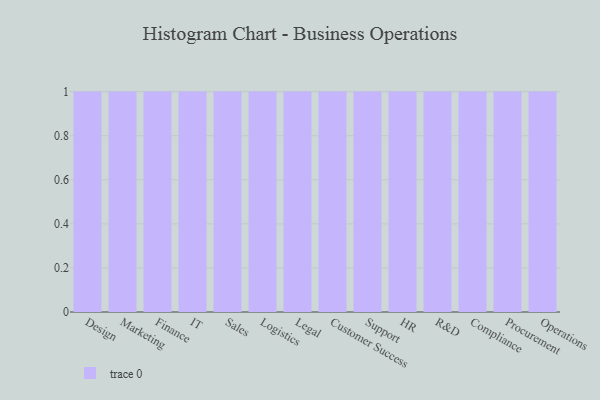
{"axis": {"x": "Department", "y": "Population (Million)"}, "legend": [""], "data": [{"x": "Design", "y": 21, "type": ""}, {"x": "Marketing", "y": 11, "type": ""}, {"x": "Finance", "y": 26, "type": ""}, {"x": "IT", "y": 19, "type": ""}, {"x": "Sales", "y": 68, "type": ""}, {"x": "Logistics", "y": 85, "type": ""}, {"x": "Legal", "y": 27, "type": ""}, {"x": "Customer Success", "y": 49, "type": ""}, {"x": "Support", "y": 94, "type": ""}, {"x": "HR", "y": 100, "type": ""}, {"x": "R&D", "y": 92, "type": ""}, {"x": "Compliance", "y": 10, "type": ""}, {"x": "Procurement", "y": 44, "type": ""}, {"x": "Operations", "y": 84, "type": ""}]}